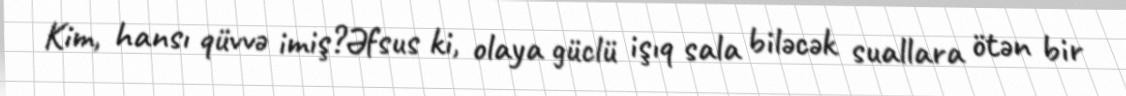
Kim, hansı qüvvə imiş?Əfsus ki, olaya güclü işıq sala biləcək suallara ötən bir